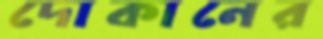
দোকানের